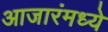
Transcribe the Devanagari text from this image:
आजारंमध्ये